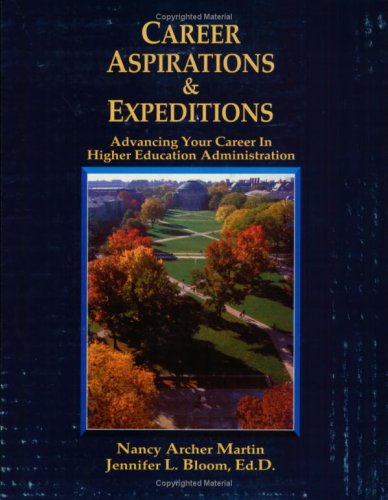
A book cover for Career Aspirations & Expeditions: Advancing Your Career in Higher Education Administration; Nancy Archer Martin; Education & Teaching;